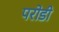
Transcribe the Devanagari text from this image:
परोडी